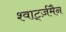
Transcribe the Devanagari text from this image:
श्वार्ट्ज़मैन